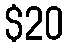
$20